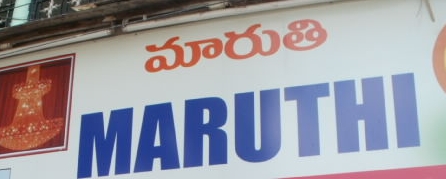
Language: telugu
Transcription: మారుతి